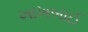
ખાખબાઈ